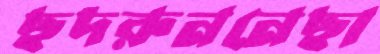
ছদরুননেছা